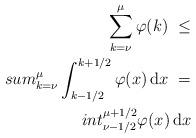
LaTeX: \begin{align*}\sum_{k=\nu}^\mu \varphi(k)\ \le \\sum_{k=\nu}^\mu \int_{k-1/2}^{k+1/2} \varphi(x) \, \mathrm{d} x\ = \\int_{\nu - 1/2}^{\mu + 1/2} \varphi(x) \, \mathrm{d} x\end{align*}